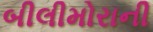
બીલીમોરાની